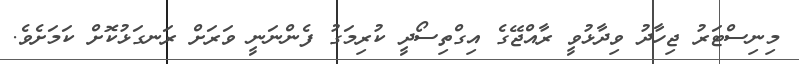
މިނިސްޓަރު ޖިހާދު ވިދާޅުވީ ރާއްޖޭގެ އިގްތިސޯދީ ކުރިމަގު ފެންނަނީ ވަރަށް ރަނގަޅުކޮށް ކަމަށެވެ.